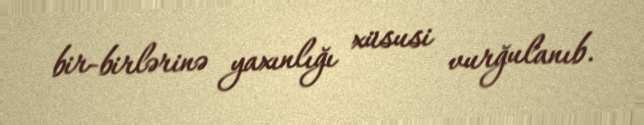
bir-birlərinə yaxınlığı xüsusi vurğulanıb.